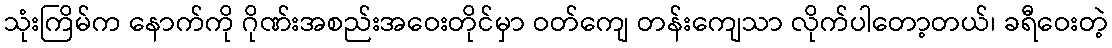
သုံးကြိမ်က နောက်ကို ဂိုဏ်းအစည်းအဝေးတိုင်မှာ ဝတ်ကျေ တန်းကျေသာ လိုက်ပါတော့တယ်၊ ခရီဝေးတဲ့